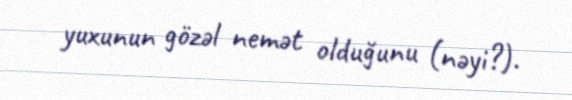
yuxunun gözəl nemət olduğunu (nəyi?).